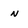
Character: n